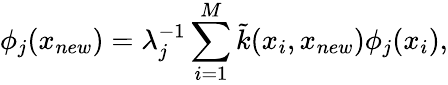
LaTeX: \phi_{j}(x_{new})=\lambda_{j}^{-1}\sum_{i=1}^{M}\tilde{k}(x_{i},x_{new})\phi_{j}(x_{i}),